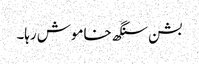
بشن سنگھ خاموش رہا۔